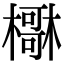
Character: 𣝺